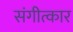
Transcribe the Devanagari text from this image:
संगीत्कार